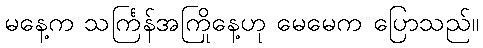
မနေ့က သင်္ကြန်အကြိုနေ့ဟု မေမေက ပြောသည်။